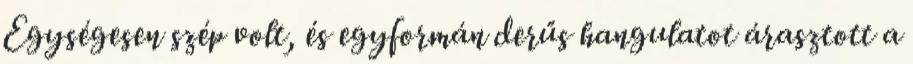
Egységesen szép volt, és egyformán derűs hangulatot árasztott a